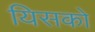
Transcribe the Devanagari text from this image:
यिसको